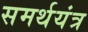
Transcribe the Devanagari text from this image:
समर्थयंत्र